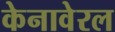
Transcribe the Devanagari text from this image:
केनावेरल